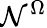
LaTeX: \mathcal{N}^{\Omega}